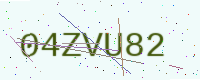
Text: 04ZVU82